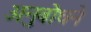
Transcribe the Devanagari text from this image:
अनुबोधने